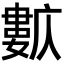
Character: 𡢺